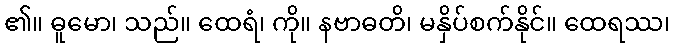
၏။ ဓူမော၊ သည်။ ထေရံ၊ ကို။ နဗာဓတိ၊ မနှိပ်စက်နိုင်။ ထေရဿ၊